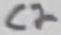
Text: C2